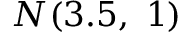
{ \cal N } ( 3 . 5 , \ 1 )